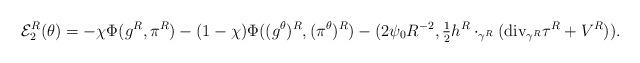
LaTeX: \begin{align*}\mathcal{E}^R_2(\theta)= -\chi \Phi(g^R, \pi^R) - (1-\chi) \Phi((g^\theta)^R, (\pi^\theta)^R)- (2\psi_0 R^{-2}, \tfrac{1}{2} h^R\cdot_{\gamma^R} (\textup{div}_{\gamma^R} \tau^R +V^R)).\end{align*}